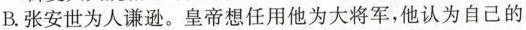
B. 张安世为人谦逊。皇帝想任用他为大将军，他认为自己的